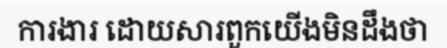
ការងារ ដោយសារពួកយើងមិនដឹងថា